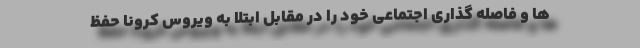
ها و فاصله گذاری اجتماعی خود را در مقابل ابتلا به ویروس کرونا حفظ